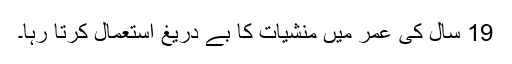
19 سال کی عمر میں منشیات کا بے دریغ استعمال کرتا رہا۔